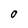
Character: 0